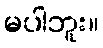
မပါဘူး။